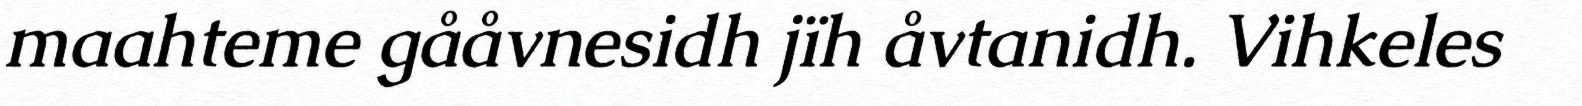
maahteme gååvnesidh jïh åvtanidh. Vihkeles